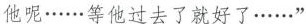
他呢……等他过去了就好了……”